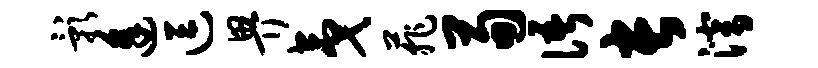
影逢逗畀夷菲荀语长潜